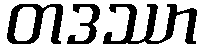
တဒဿာ